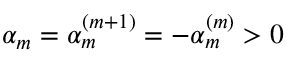
\alpha _ { m } = \alpha _ { m } ^ { ( m + 1 ) } = - \alpha _ { m } ^ { ( m ) } > 0